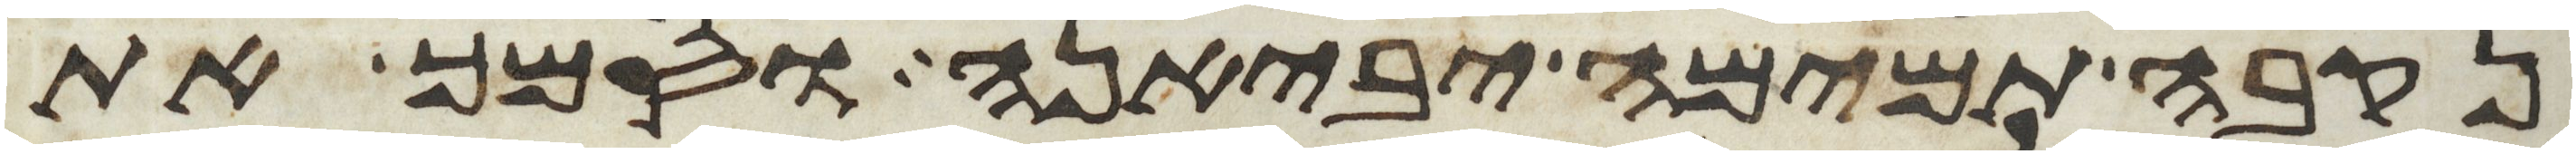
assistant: נקבה תמימה יביאנה וסמך את